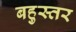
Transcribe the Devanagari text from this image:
बहुस्तर